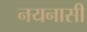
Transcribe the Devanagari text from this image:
नयनासी